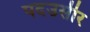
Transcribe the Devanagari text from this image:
पदउसीर